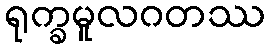
ရုက္ခမူလဂတဿ